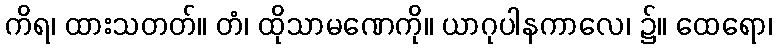
ကိရ၊ ထားသတတ်။ တံ၊ ထိုသာမဏေကို။ ယာဂုပါနကာလေ၊ ၌။ ထေရော၊